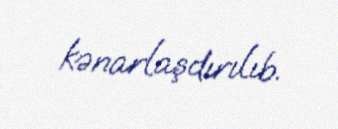
kənarlaşdırılıb.